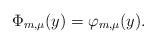
LaTeX: \begin{align*}\Phi_{m,\mu}(y) = \varphi_{m,\mu}(y).\end{align*}